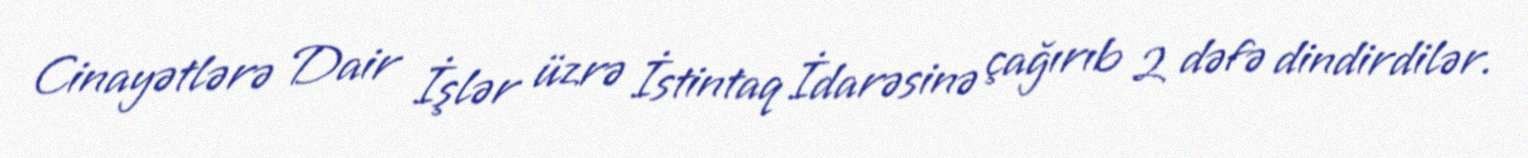
Cinayətlərə Dair İşlər üzrə İstintaq İdarəsinə çağırıb 2 dəfə dindirdilər.